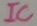
Text: IC